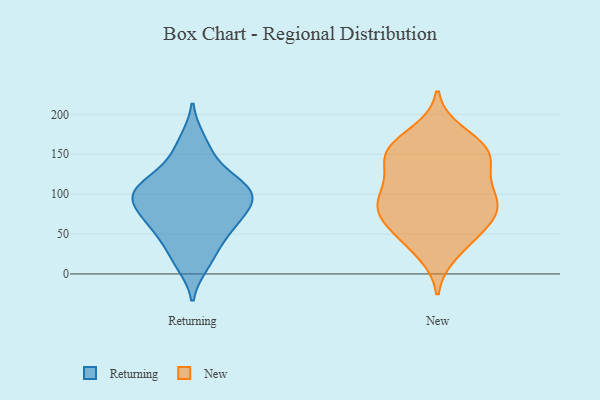
{"axis": {"x": "Satisfaction Score", "y": "Value"}, "legend": ["New", "Returning"], "data": [{"x": "", "y": 167, "type": "Returning"}, {"x": "", "y": 93, "type": "Returning"}, {"x": "", "y": 120, "type": "Returning"}, {"x": "", "y": 104, "type": "Returning"}, {"x": "", "y": 60, "type": "Returning"}, {"x": "", "y": 13, "type": "Returning"}, {"x": "", "y": 58, "type": "Returning"}, {"x": "", "y": 110, "type": "Returning"}, {"x": "", "y": 106, "type": "Returning"}, {"x": "", "y": 97, "type": "Returning"}, {"x": "", "y": 78, "type": "Returning"}, {"x": "", "y": 145, "type": "Returning"}, {"x": "", "y": 88, "type": "Returning"}, {"x": "", "y": 24, "type": "Returning"}, {"x": "", "y": 54, "type": "Returning"}, {"x": "", "y": 176, "type": "New"}, {"x": "", "y": 158, "type": "New"}, {"x": "", "y": 149, "type": "New"}, {"x": "", "y": 87, "type": "New"}, {"x": "", "y": 110, "type": "New"}, {"x": "", "y": 103, "type": "New"}, {"x": "", "y": 142, "type": "New"}, {"x": "", "y": 27, "type": "New"}, {"x": "", "y": 78, "type": "New"}, {"x": "", "y": 144, "type": "New"}, {"x": "", "y": 153, "type": "New"}, {"x": "", "y": 159, "type": "New"}, {"x": "", "y": 76, "type": "New"}, {"x": "", "y": 73, "type": "New"}, {"x": "", "y": 112, "type": "New"}, {"x": "", "y": 69, "type": "New"}, {"x": "", "y": 89, "type": "New"}, {"x": "", "y": 45, "type": "New"}, {"x": "", "y": 44, "type": "New"}]}